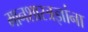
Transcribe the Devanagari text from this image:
मानशास्त्रज्ञांना